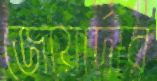
জোয়ার্দার